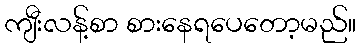
ကျီးလန့်စာ စားနေရပေတော့မည်။